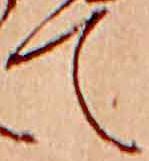
て